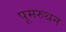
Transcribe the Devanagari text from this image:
पूमरुथन